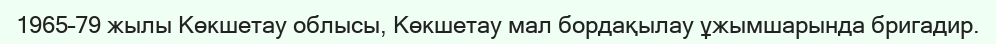
1965–79 жылы Көкшетау облысы, Көкшетау мал бордақылау ұжымшарында бригадир.